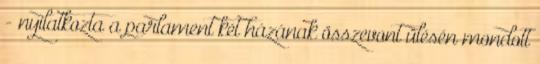
- nyilatkozta a parlament két házának összevont ülésén mondott